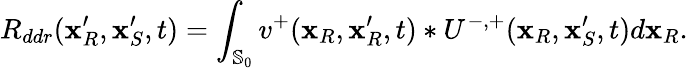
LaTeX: R_{ddr}(\mathbf{x}_{R}^{\prime},\mathbf{x}_{S}^{\prime},t)=\int_{\mathbb{S}_{0}}v^{+}(\mathbf{x}_{R},\mathbf{x}_{R}^{\prime},t)*U^{-,+}(\mathbf{x}_{R},\mathbf{x}_{S}^{\prime},t)d\mathbf{x}_{R}.